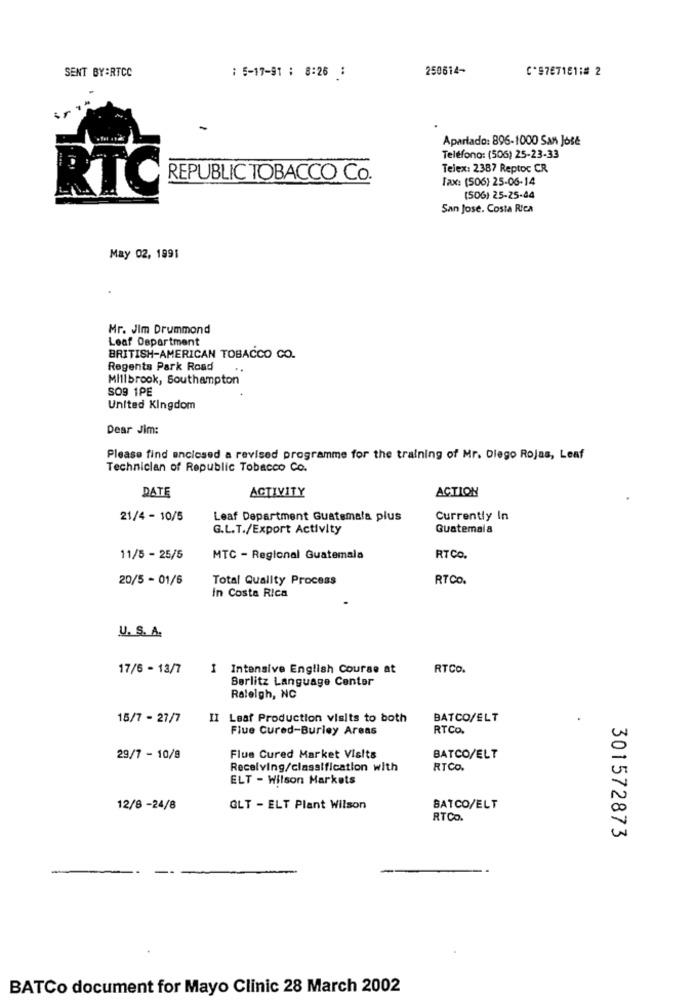
SENT BY:RTCC
250614-
C'97671611# 2
: 5-17-91 : 8:26 :
Apartado: 896-1000 San José
Teléfono: (506) 25-23-33
Telex: 2387 Reptoc CR
REPUBLIC TOBACCO Co.
Fax: (506) 25-06-14
RTO
(506) 25-25-44
San Jose. Costa Rica
May 02, 1991
Mr. Jim Drummond
Leaf Department
BRITISH-AMERICAN TOBACCO CO.
Regents Park Road
Millbrook, Southampton
SO9 1PE
United Kingdom
Dear Jim:
Please find enclosed a revised programme for the training of Mr. Diego Rojas, Leaf
Technician of Republic Tobacco Co.
ACTIVITY
ACTION
DATE
21/4 - 10/5
Leaf Department Guatemala plus
Currently In
G.L.T./Export Activity
Guatemala
11/5 - 25/5
MTC - Regional Guatemala
RTCO.
20/5 - 01/6
Total Quality Process
RTCO.
in Costa Rica
U. S. A.
17/6 - 13/7
Intensive English Course at
RTCO.
Berlitz Language Center
Raleigh, NC
15/7 - 27/7
II Leaf Production visits to both
BATCO/ELT
Flue Cured-Burley Areas
RTCO.
29/7 - 10/9
Flue Cured Market Visits
BATCO/ELT
Receiving/classification with
RTCO.
ELT - Wilson Markets
12/8 -24/8
GLT - ELT Plant Wilson
SATCO/ELT
RTCO.
301572873
BATCo document for Mayo Clinic 28 March 2002